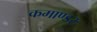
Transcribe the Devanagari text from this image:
कमाण्डरः